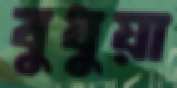
বুধুয়া